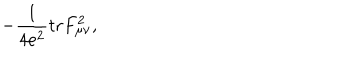
LaTeX: - \frac { 1 } { 4 e ^ { 2 } } \mathrm { t r } F _ { \mu \nu } ^ { 2 } ,